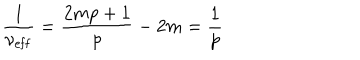
\frac { 1 } { \nu _ { \mathrm { { e f f } } } } = \frac { 2 m p + 1 } { p } - 2 m = \frac { 1 } { p }